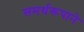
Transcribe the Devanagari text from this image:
समर्थरूपाने